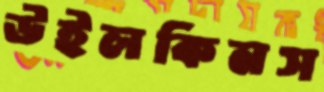
উইলকিনস